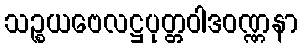
သဉ္စယဗေလဋ္ဌပုတ္တဝါဒဝဏ္ဏနာ